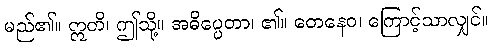
မည်၏။ ဣတိ၊ ဤသို့။ အဓိပ္ပေတာ၊ ၏။ တေနေဝ၊ ကြောင့်သာလျှင်။